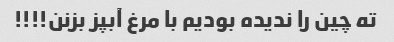
ته چین را ندیده بودیم با مرغ آبپز بزنن!!!!